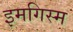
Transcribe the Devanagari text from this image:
इमगिस्म